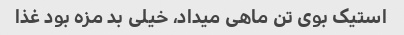
استیک بوی تن ماهی میداد، خیلی بد مزه بود غذا